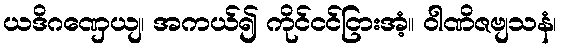
ယဒိဂဏှေယျ၊ အကယ်၍ ကိုင်ငင်ငြားအံ့။ ဝါဏိဇဗျသနံ၊